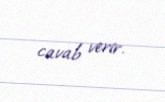
cavab verir.